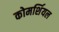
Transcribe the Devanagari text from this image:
कोमर्शियल